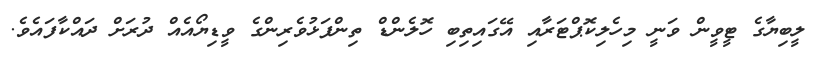
ލީބިޔާގެ ޓީވީން ވަނީ މިހެލިކޮޕްޓަރާއި އޭގައިތިބި ހޮލެންޑް ތިންފަޅުވެރިންގެ ވީޑިޔޯއެއް ދުރަށް ދައްކާފައެވެ.